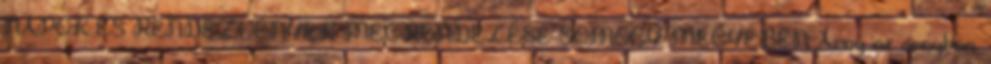
NAPOK ÉS RENDEZVÉNYEK MEGRENDEZÉSE SOMOGY MEGYÉBEN Árny az árnyban.